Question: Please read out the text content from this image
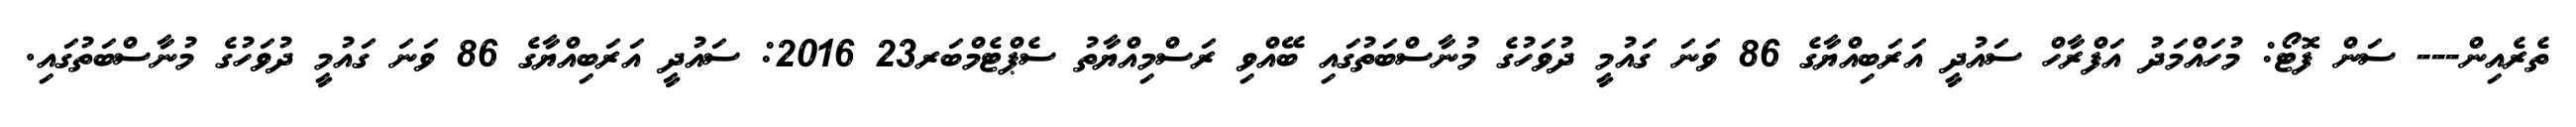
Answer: ތެރެއިން--- ސަން ފޮޓޯ: މުހައްމަދު އަފްރާހް ސައުދީ އަރަބިއްޔާގެ 86 ވަނަ ގައުމީ ދުވަހުގެ މުނާސްބަތުގައި ބޭއްވި ރަސްމިއްޔާތު ސެޕްޓެމްބަރ23 2016: ސައުދީ އަރަބިއްޔާގެ 86 ވަނަ ގައުމީ ދުވަހުގެ މުނާސްބަތުގައި.